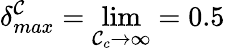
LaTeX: \delta_{max}^{\mathcal{C}}=\operatorname*{lim}_{{\mathcal{C}_{c}\rightarrow\infty}}=0.5